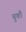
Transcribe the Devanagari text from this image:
चुकौ